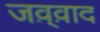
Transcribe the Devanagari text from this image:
जव़्व़ाद